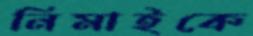
নিমাইকে